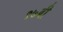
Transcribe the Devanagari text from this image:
९७वी